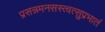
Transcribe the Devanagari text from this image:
प्रसन्नमनसस्त्वत्सुप्रभातं